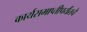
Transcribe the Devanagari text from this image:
कार्यसमाप्तीपर्यंतचे